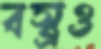
বস্ত্রও